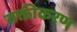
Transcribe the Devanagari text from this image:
तक्तीकरण